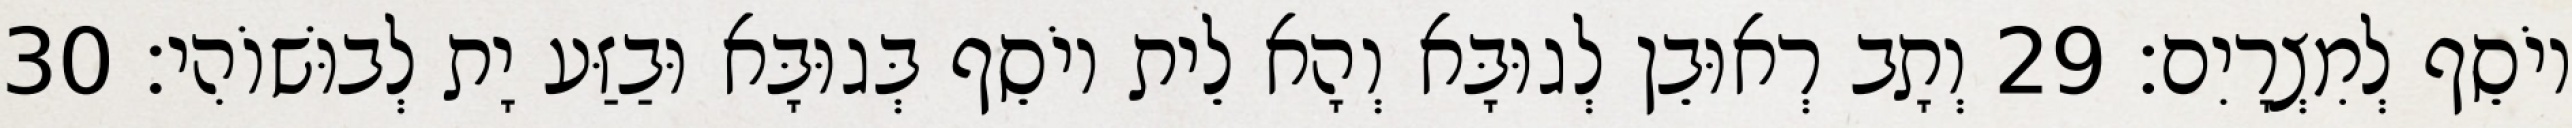
יוֹסֵף לְמִצְרָיִם׃ 29 וְתָב רְאוּבֵן לְגוּבָּא וְהָא לֵית יוֹסֵף בְּגוּבָּא וּבַזַּע יָת לְבוּשׁוֹהִי׃ 30